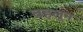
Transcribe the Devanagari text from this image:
बहलून